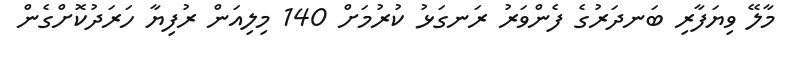
މާލޭ ވިޔަފާރި ބަނދަރުގެ ފެންވަރު ރަނގަޅު ކުރުމަށް 140 މިލިއަން ރުފިޔާ ހަރަދުކޮށްގެން